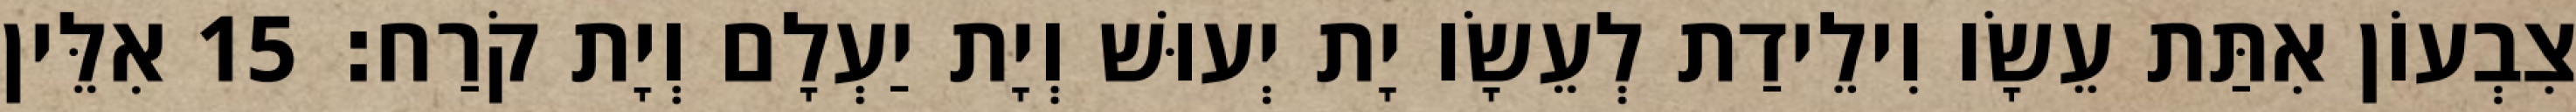
צִבְעוֹן אִתַּת עֵשָׂו וִילֵידַת לְעֵשָׂו יָת יְעוּשׁ וְיָת יַעְלָם וְיָת קֹרַח׃ 15 אִלֵּין